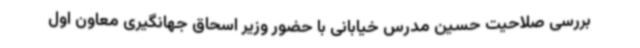
بررسی صلاحیت حسین مدرس خیابانی با حضور وزیر اسحاق جهانگیری معاون اول